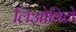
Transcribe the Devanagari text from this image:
लिओविले